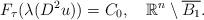
LaTeX: \begin{align*}F_{\tau}(\lambda(D^2u))=C_0,\quad\mathbb{R}^n\setminus\overline{B_1}.\end{align*}